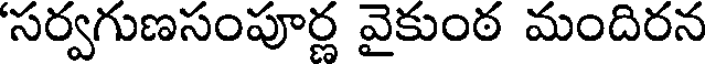
సర్వగుణసంపూర్ణ వైకుంఠ మందిరన